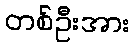
တစ်ဦးအား